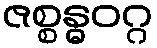
ဇစ္စန္ဓဝဂ္ဂ